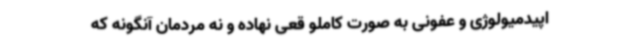
اپیدمیولوژی و عفونی به صورت کاملو قعی نهاده و نه مردمان آنگونه که